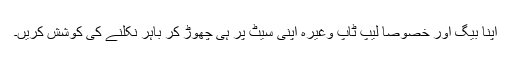
اپنا بیگ اور خصوصاً لیپ ٹاپ وغیرہ اپنی سیٹ پر ہی چھوڑ کر باہر نکلنے کی کوشش کریں۔